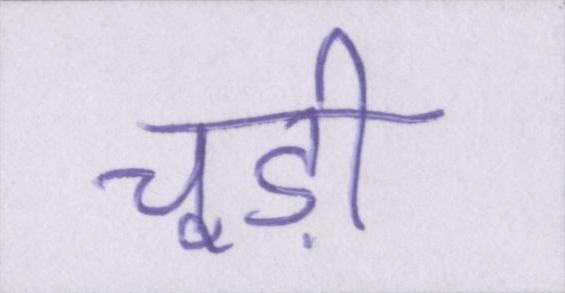
चूड़ी